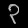
Digit: ၃